Report of the Imperial Institute of Veterinary Research, Muktesar
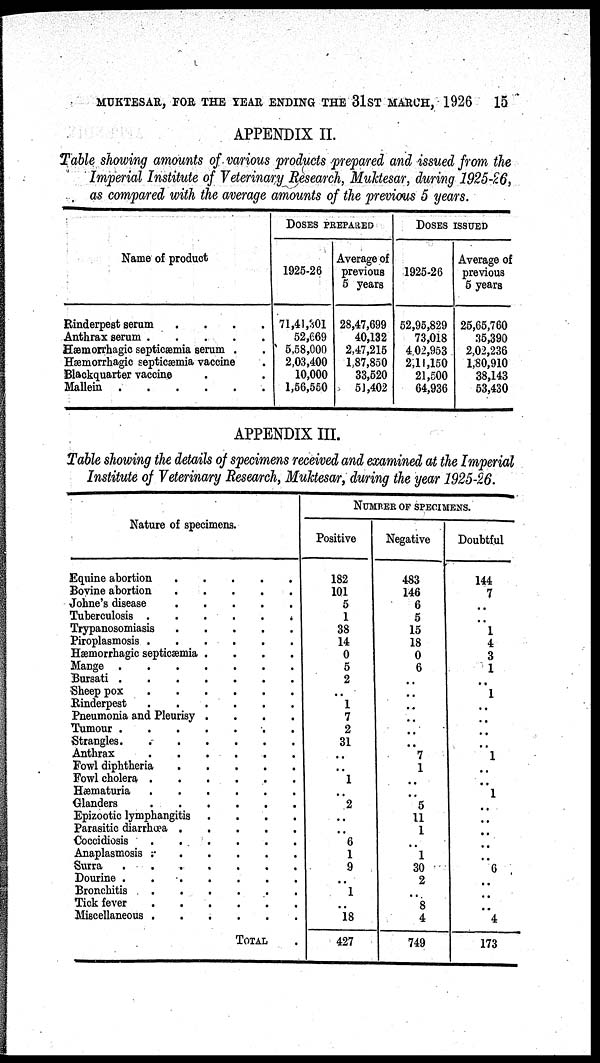
MUKTESAR, FOR THE YEAR ENDING THE 31ST MARCH, 1926
15
APPENDIX II.
Table showing amounts of various products prepared and issued from the
Imperial Institute of Veterinary Research, Muktesar, during 1925-26,
as compared with the average amounts of the previous 5 years.
Name of product
Rinderpest serum
....
Anthrax serum
Hæmorrhagic septicæmia serum .
Hæmorrhagic septicæmia vaccine
Blackquarter vaccine
Mallein
DOSES PREPARED
1925-26
71,41,301
52,669
5,58,000
2,03,400
10,000
1,56,560
Average of
previous
5 years
28,47,699
40,132
2,47,215
1,87,850
33,520
51,402
DOSES ISSUED
1925-26
52,95,829
73,018
4,02,953
2,11,150
21,500
64,936
Average of
previous
5 years
25,65,760
35,390
2,02,236
1,80,910
38,143
53,430
APPENDIX III.
Table showing the details of specimens received and examined at the Imperial
Institute of Veterinary Research, Muktesar, during the year 1925-26.
Nature of specimens.
Equine abortion
Bovine abortion
Johne's disease
Tuberculosis .
Trypanosomiasis
Piroplasmosis .
Hæmorrhagic septicæmia .
Mange
....
Bursati
....
Sheep pox
Rinderpest
Pneumonia and Pleurisy .
Tumour
....
Strangles.
Anthrax
Fowl diphtheria
Fowl cholera .
Hæmaturia
Glanders
Epizootic lymphangitis
Parasitic diarrhœa .
Coccidiosis
Anaplasmosis .
Surra
Dourine .
Bronchitis
Tick fever
Miscellaneous .
.
.
.
.
.
.
.
.
.
.
.
.
.
.
.
.
.
.
.
.
.
.
.
.
.
.
.
.
.
.
.
.
.
.
.
.
.
.
.
.
.
.
.
.
.
.
.
.
.
.
.
.
.
.
.
.
.
.
.
.
.
.
.
.
.
.
.
.
.
.
.
.
.
.
.
.
.
.
.
.
.
TOTAL
NUMBER OF SPECIMENS.
Positive
182
101
5
1
38
14
0
5
2
..
1
7
2
31
..
..
1
..
2
..
..
6
1
9
..
1
..
18
427
Negative
483
146
6
5
15
18
0
6
..
..
..
..
...
..
7
1
..
..
5
11
1
..
1
30
2
..
8
4
749
Doubtful
144
7
..
..
1
4
3
1
..
1
..
..
..
..
1
..
..
1
..
..
..
..
..
6
..
..
..
4
173